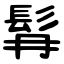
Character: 髥